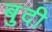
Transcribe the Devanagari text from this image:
बुदी